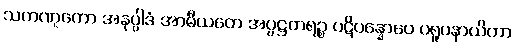
သကဏ္ဋကော အနုပ္ပါဒံ အာဓီယတေ အပ္ပဋ္ဌတရဉ္စ ပဋိပန္နောပေ ပရူပနာယိကာ